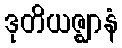
ဒုတိယဇ္ဈာနံ